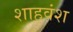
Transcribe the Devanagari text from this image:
शाहवंश